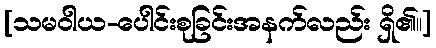
[သမဝါယ-ပေါင်းစုခြင်းအနက်လည်း ရှိ၏။]